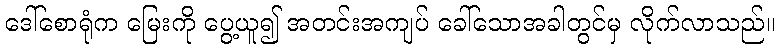
ဒေါ်စောရုံက မြေးကို ပွေ့ယူ၍ အတင်းအကျပ် ခေါ်သောအခါတွင်မှ လိုက်လာသည်။